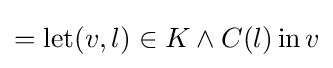
=\operatorname {let} (v,l)\in K\land C(l)\operatorname {in} v